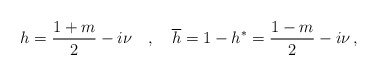
\begin{align*}h=\frac{1+m}2-i\nu \quad ,\quad \overline{h}=1-h^{*}=\frac{1-m}2-i\nu \,,\end{align*}